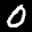
Label: 0